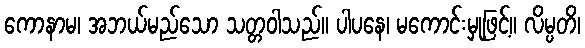
ကောနာမ၊ အဘယ်မည်သော သတ္တဝါသည်။ ပါပနေ၊ မကောင်းမှုဖြင့်။ လိမ္ပတိ၊